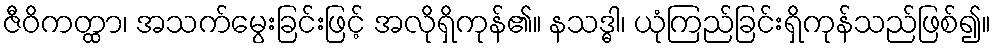
ဇီဝိကတ္ထာ၊ အသက်မွေးခြင်းဖြင့် အလိုရှိကုန်၏။ နသဒ္ဓါ၊ ယုံကြည်ခြင်းရှိကုန်သည်ဖြစ်၍။